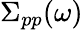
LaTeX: \Sigma_{pp}(\omega)